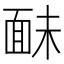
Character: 𩈐